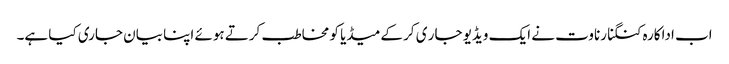
اب اداکارہ کنگنا رناوت نے ایک ویڈیو جار ی کر کےمیڈیا کو مخاطب کرتے ہوئے اپنا بیان جاری کیا ہے۔